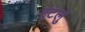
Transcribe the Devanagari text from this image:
एटलुं